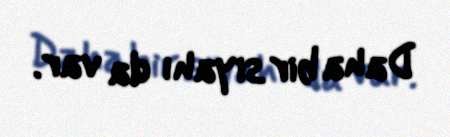
Daha bir siyahı da var.